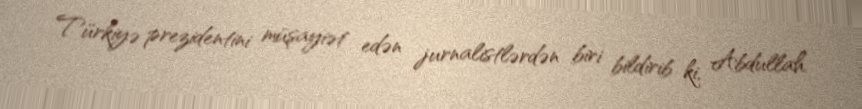
Türkiyə prezidentini müşayiət edən jurnalistlərdən biri bildirib ki, Abdullah